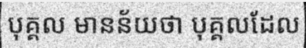
បុគ្គល មានន័យថា បុគ្គលដែល